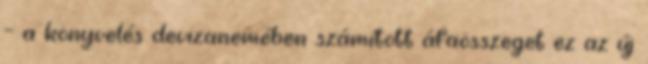
– a könyvelés devizanemében számított áfaösszeget ez az új